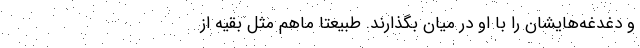
و دغدغه‌هایشان را با او در میان بگذارند. طبیعتاً ماهم مثل بقیه از